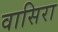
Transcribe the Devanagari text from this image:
वासिरा